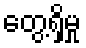
တွေ့ရှိမှု